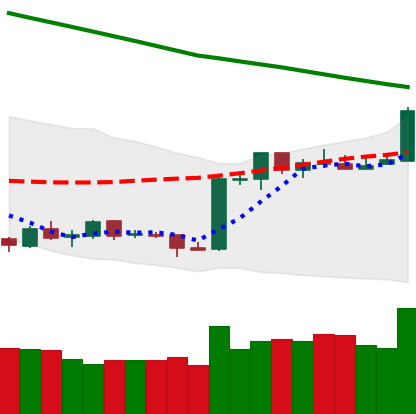
Ticker: ETH-USD
Chart end date: 2019-02-17
Forward return: 11.597%
Label: up_7plus